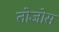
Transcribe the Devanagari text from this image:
तोजोस